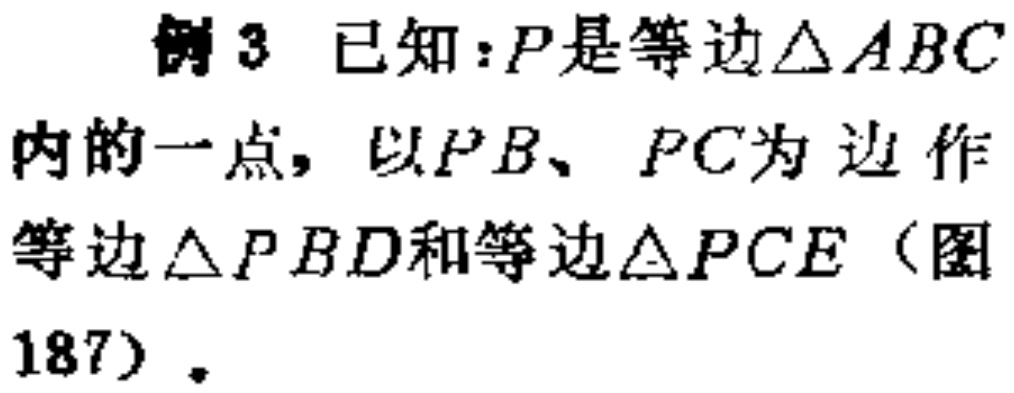
例3 已知：\(P\)是等边\(\triangle ABC\)内的一点，以\(PB\)、\(PC\)为边作等边\(\triangle PBD\)和等边\(\triangle PCE\)（图187）。